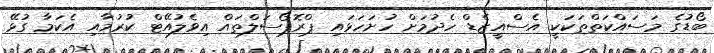
ބޯޑުގެ މަސައްކަތްތަކަކީ އެސްއީޒެޑް ހެދުމަށް ހުށަހަޅައި ޕްރޮޕޯސަލްތައް އިވެލުއޭޓް ކުރުމާއި އެކަމާ ގުޅޭ